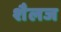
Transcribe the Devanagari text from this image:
शैलज